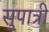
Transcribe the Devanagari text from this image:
सुपात्री